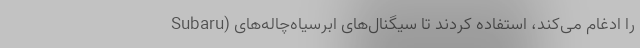
Subaru) را ادغام می‌کند، استفاده کردند تا سیگنال‌های ابرسیاه‌چاله‌های